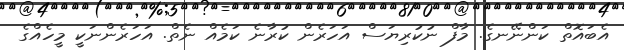
އެބައޮތް ކަންނޭނގެ. މާފް ނުކުރިޔަސް އަހަރެން ކުރާނެ ކަމެއް ނެތް. އަހަރެންނަކީ މީހެއްގެ